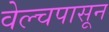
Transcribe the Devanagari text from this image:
वेल्चपासून